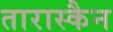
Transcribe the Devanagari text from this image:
तारास्कैन